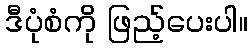
ဒီပုံစံကို ဖြည့်ပေးပါ။